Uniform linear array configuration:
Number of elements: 4
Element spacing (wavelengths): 1
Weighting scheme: uniform
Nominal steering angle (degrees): -60
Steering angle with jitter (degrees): -58.216
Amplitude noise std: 0.05
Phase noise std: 0.05

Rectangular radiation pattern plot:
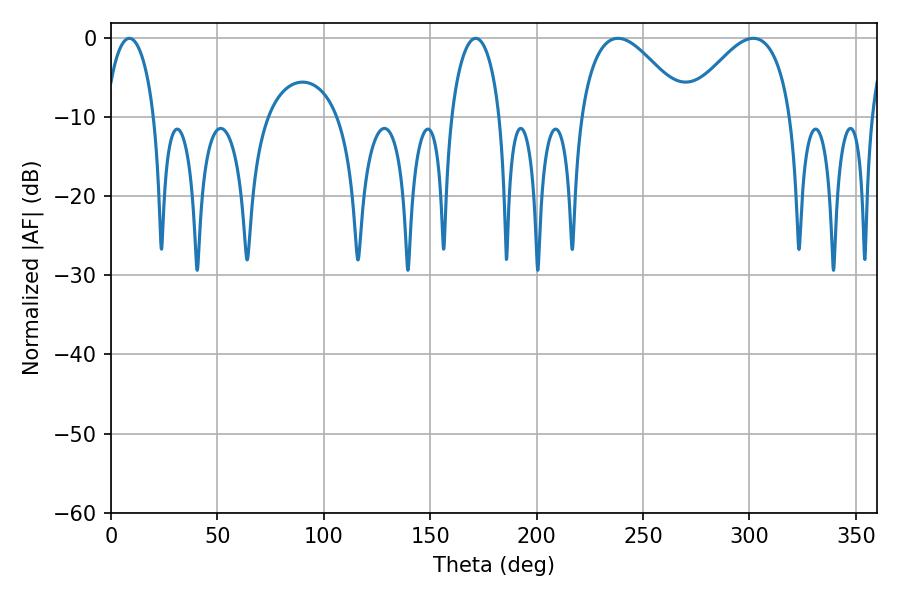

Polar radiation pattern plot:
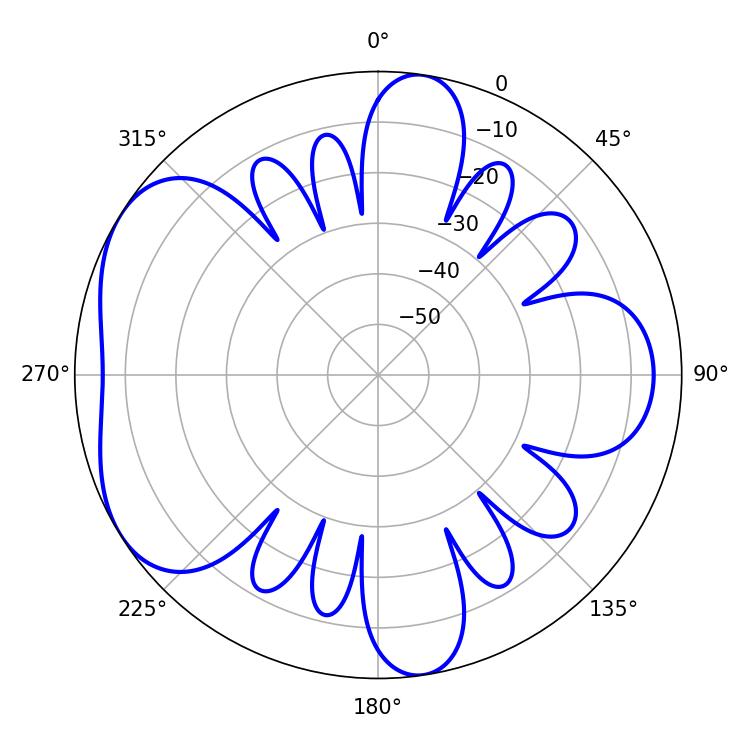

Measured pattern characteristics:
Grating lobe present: TRUE
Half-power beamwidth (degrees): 13.14
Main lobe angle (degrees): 8.64